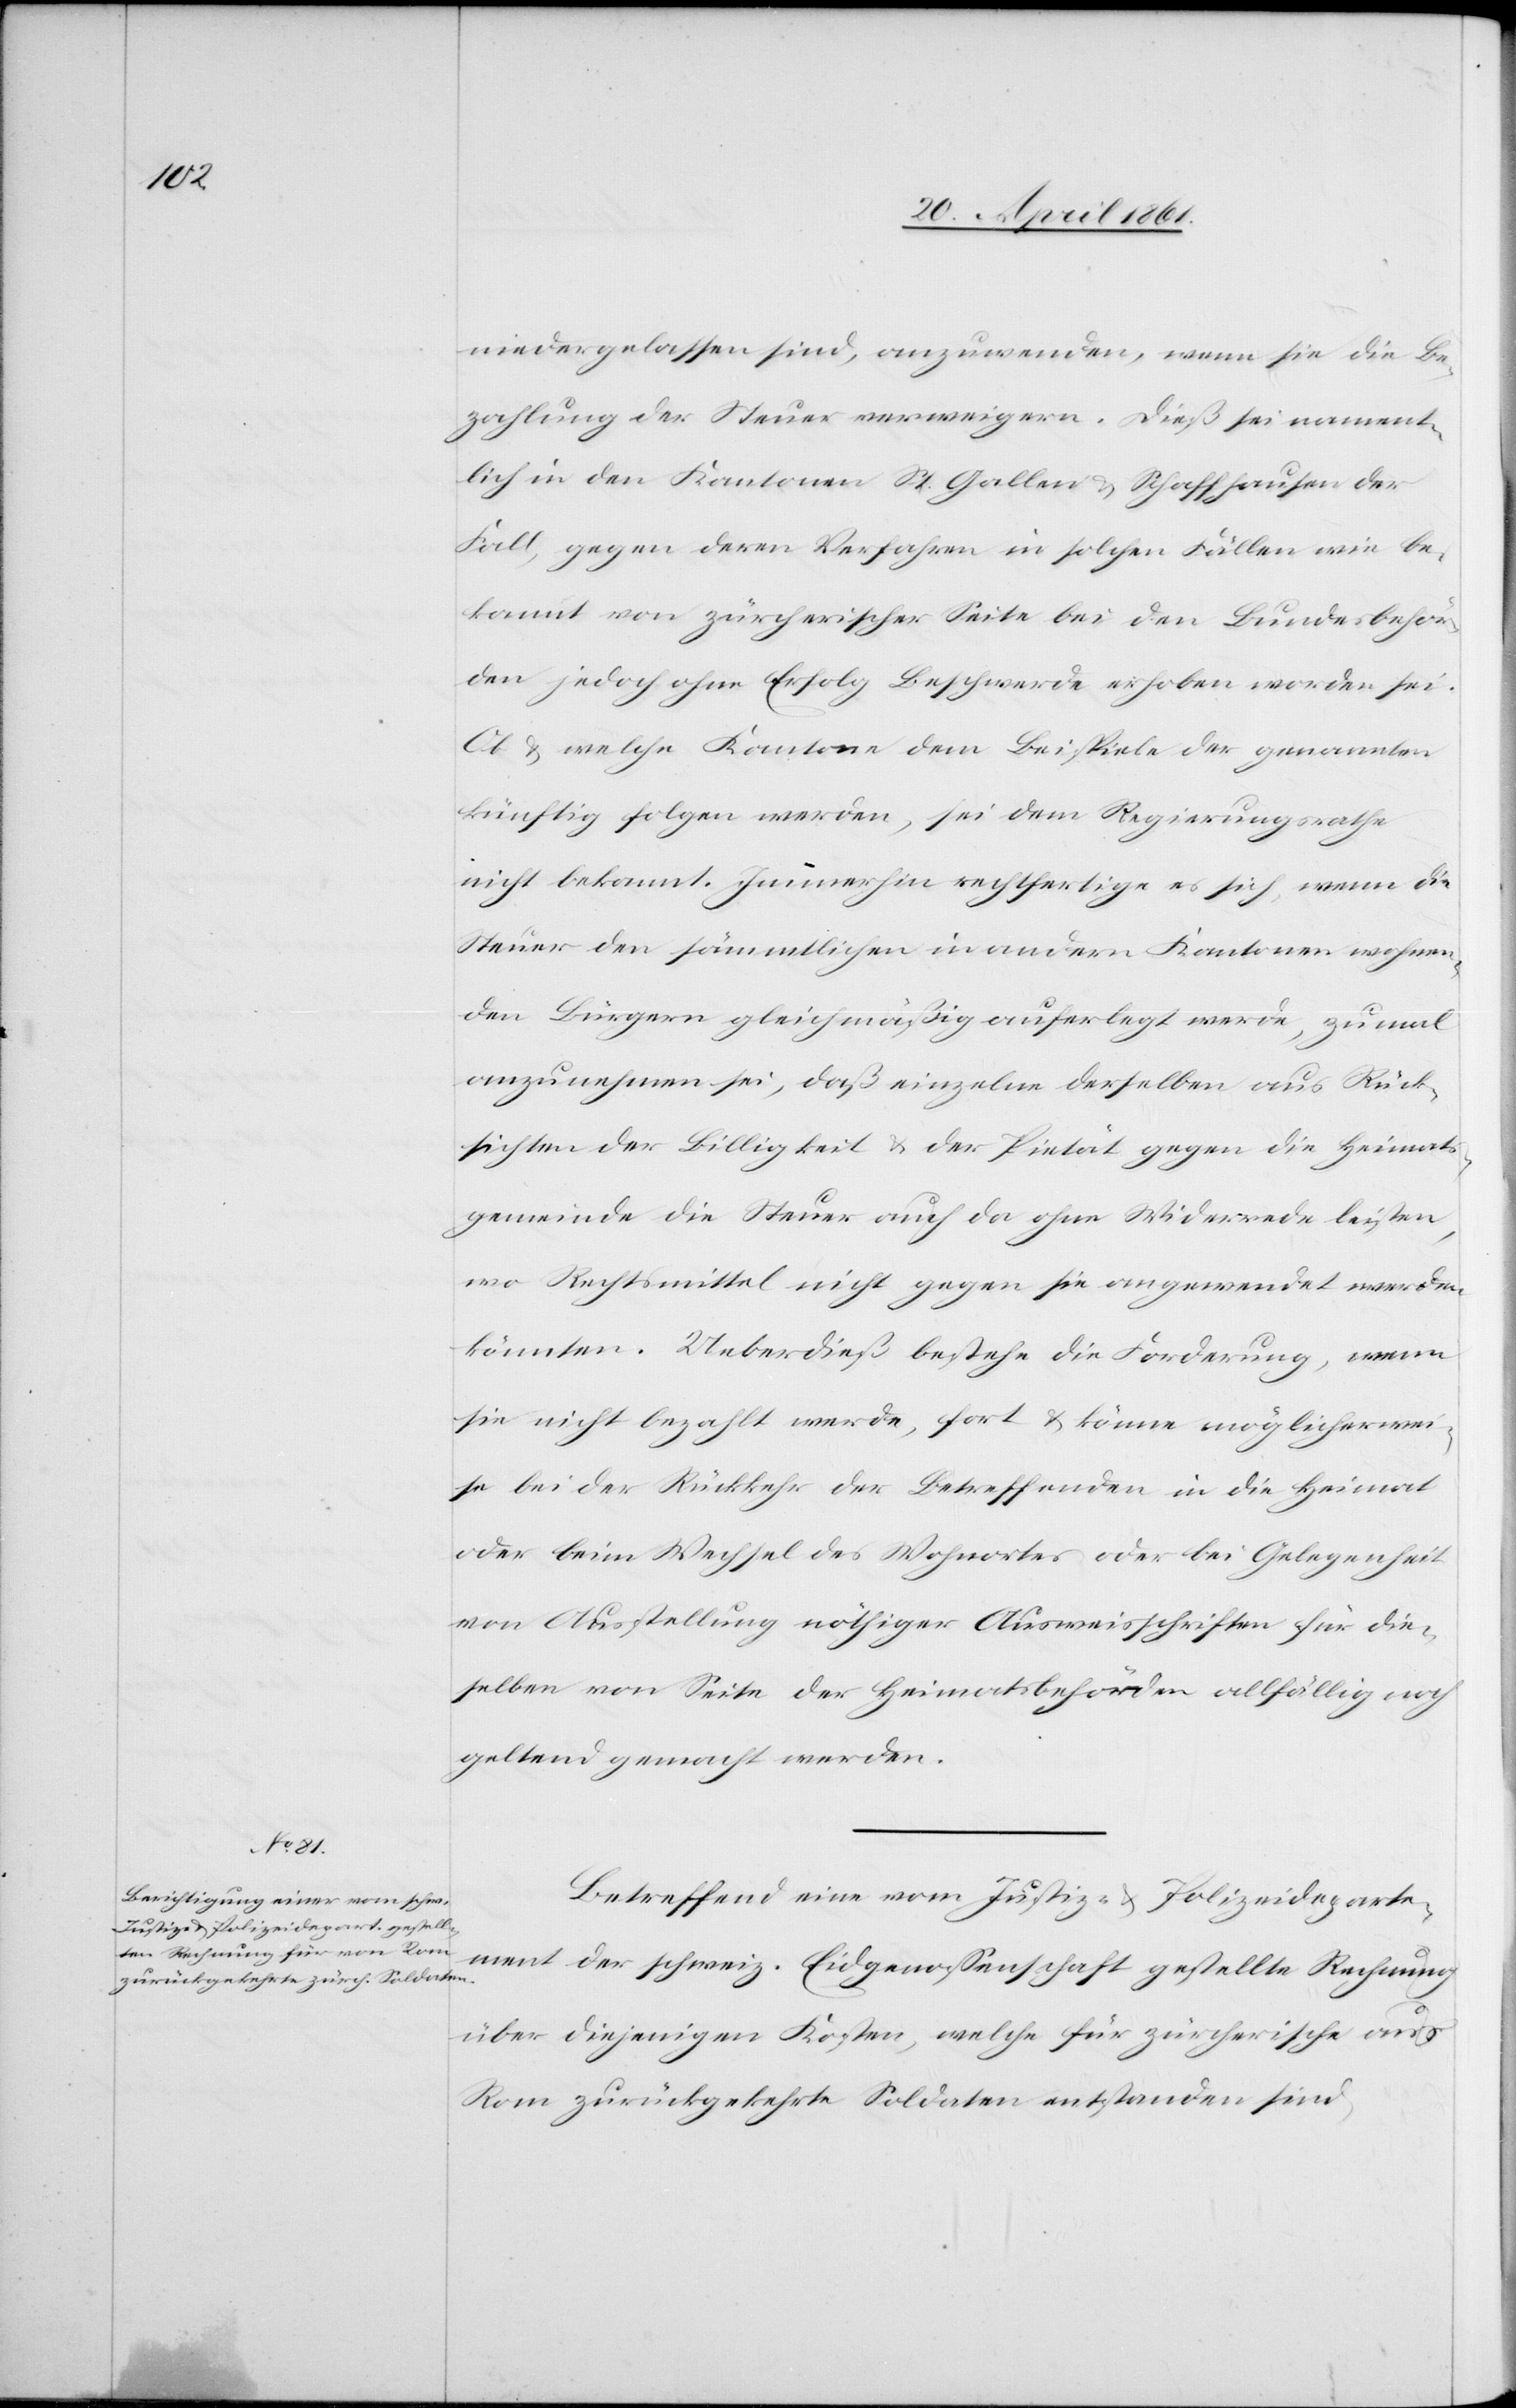
niedergelassen sind, anzuwenden, wenn sie die Be¬
zahlung der Steuer verweigern. Dieß sei nament¬
lich in den Kantonen St. Gallen u. Schaffhausen der
Fall, gegen deren Verfahren in solchen Fällen wie be¬
kannt von zürcherischer Seite bei den Bundesbehör¬
den jedoch ohne Erfolg Beschwerde erhoben worden sei.
Ob u. welche Kantone dem Beispiele der genannten
künftig folgen werden, sei dem Gemeindrathe
nicht bekannt. Immerhin rechtfertige es sich, wenn die
Steuer den sämmtlichen in andern Kantonen wohnen¬
den Bürgern gleichmäßig auferlegt werde, zumal
anzunehmen sei, daß einzelne derselben aus Rück¬
sichten der Billigkeit u. der Pietät gegen die Heimat¬
gemeinde die Steuer auch da ohne Widerrede leisten,
wo Rechtsmittel nicht gegen sie angewendet werden
könnten. Ueberdieß bestehe die Forderung, wenn
sie nicht bezahlt werde, fort u. könne möglicherwei¬
se bei der Rückkehr der Betreffenden in die Heimat
oder beim Wechsel des Wohnortes oder bei Gelegenheit
von Ausstellung nöthiger Ausweisschriften für die¬
selben von Seite der Heimatsbehörden allfällig noch
geltend gemacht werden.
Betreffend eine vom Justiz- u. Polizeideparte¬
ment der schweiz. Eidgenossenschaft gestellte Rechnung
über diejenigen Kosten, welche für zürcherische aus
Rom zurückgekehrte Soldaten entstanden sind